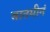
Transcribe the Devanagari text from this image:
बातमीनं